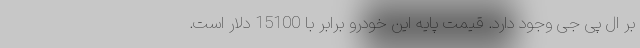
بر ال پی جی وجود دارد. قیمت پایه این خودرو برابر با 15100 دلار است.